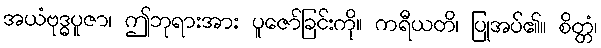
အယံဗုဒ္ဓပူဇာ၊ ဤဘုရားအား ပူဇော်ခြင်းကို။ ကရီယတိ၊ ပြုအပ်၏။ စိတ္တံ၊